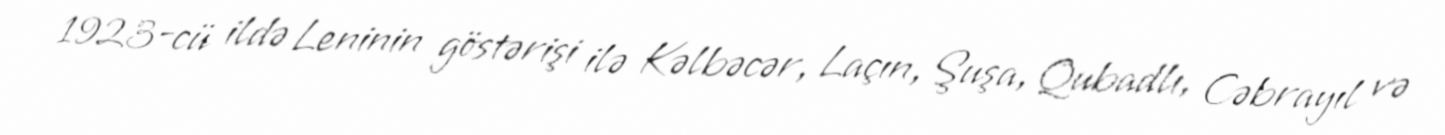
1923-cü ildə Leninin göstərişi ilə Kəlbəcər, Laçın, Şuşa, Qubadlı, Cəbrayıl və